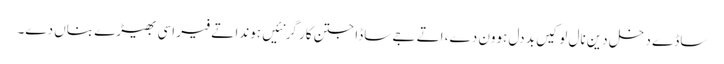
ساڈے دخل دین نال لوکیں بد دل ہوون دے، اتے جے ساڈا جتن کار گر نئیں ہوندا تے فیر اسی بھیڑے بناں دے۔